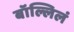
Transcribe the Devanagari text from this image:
बॉल्लिलं